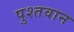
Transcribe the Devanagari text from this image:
पुश्तवान